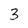
Character: 3